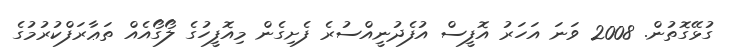
ގުޅޭގޮތުން. 2008 ވަނަ އަހަރު އޮފީސް އުފެދުނީއްސުރެ ފެށިގެން މިއޮފީހުގެ ލޯގޯއެއް ތަޢާރަފްކުރުމުގެ